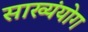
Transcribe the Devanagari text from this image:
साख्यंयोग